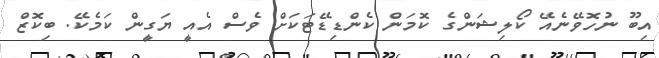
އިބޫ ނުހޮވޭނެއޭ ކޯލިޝަންގެ ކޮމަން ކެންޑިޑޭޓަކަށް ވެސް އެއީ ޔަގީން ކަމެކޭ. ބިކޮޒް